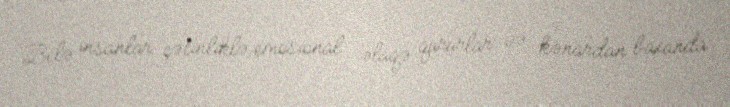
Belə insanlar çətinliklə emosional əlaqə qururlar və kənardan baxanda